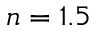
n = 1 . 5